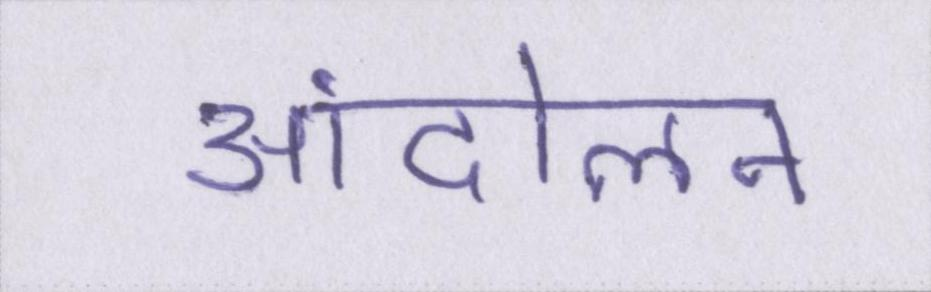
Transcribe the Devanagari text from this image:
आंदोलन